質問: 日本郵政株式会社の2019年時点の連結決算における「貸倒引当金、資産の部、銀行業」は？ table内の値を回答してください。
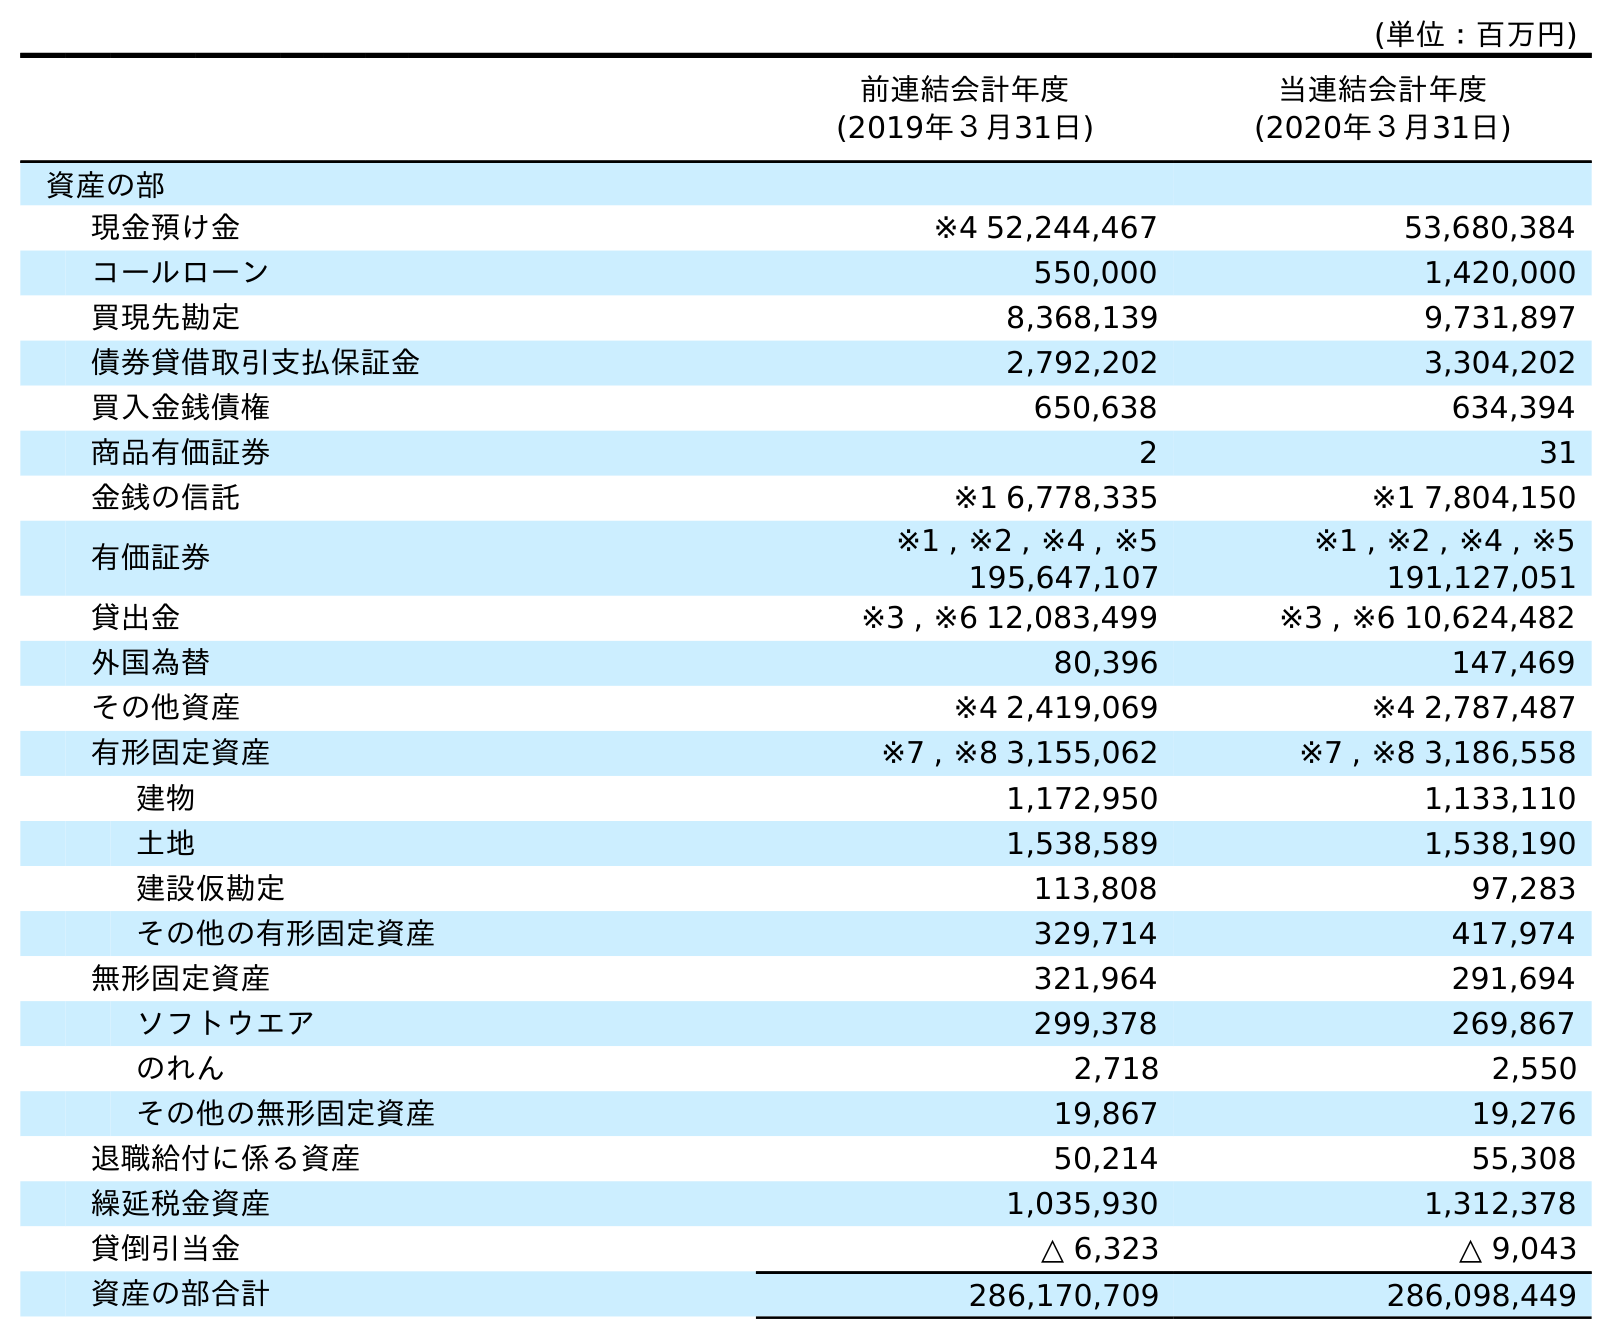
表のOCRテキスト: (単位：百万円) 前連結会計年度 (2019年３月31日) 当連結会計年度 (2020年３月31日) 資産の部 現金預け金 ※4 52,244,467 53,680,384 コールローン 550,000 1,420,000 買現先勘定 8,368,139 9,731,897 債券貸借取引支払保証金 2,792,202 3,304,202 買入金銭債権 650,638 634,394 商品有価証券 2 31 金銭の信託 ※1 6,778,335 ※1 7,804,150 有価証券 ※1 , ※2 , ※4 , ※5 195,647,107 ※1 , ※2 , ※4 , ※5 191,127,051 貸出金 ※3 , ※6 12,083,499 ※3 , ※6 10,624,482 外国為替 80,396 147,469 その他資産 ※4 2,419,069 ※4 2,787,487 有形固定資産 ※7 , ※8 3,155,062 ※7 , ※8 3,186,558 建物 1,172,950 1,133,110 土地 1,538,589 1,538,190 建設仮勘定 113,808 97,283 その他の有形固定資産 329,714 417,974 無形固定資産 321,964 291,694 ソフトウエア 299,378 269,867 のれん 2,718 2,550 その他の無形固定資産 19,867 19,276 退職給付に係る資産 50,214 55,308 繰延税金資産 1,035,930 1,312,378 貸倒引当金 △ 6,323 △ 9,043 資産の部合計 286,170,709 286,098,449
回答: △6,323